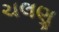
ચલણૢ